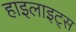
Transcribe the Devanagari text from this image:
हाइलाइट्स